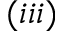
( i i i )